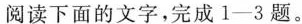
阅读下面的文字，完成1-3题。